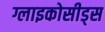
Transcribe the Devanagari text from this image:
ग्लाइकोसीड्स